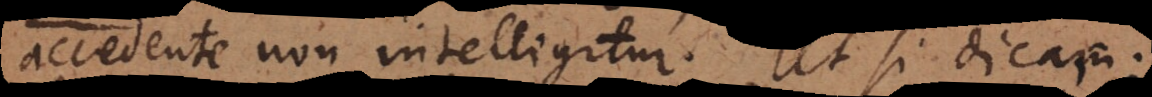
accedente non intelligitur. Ut si dicas: